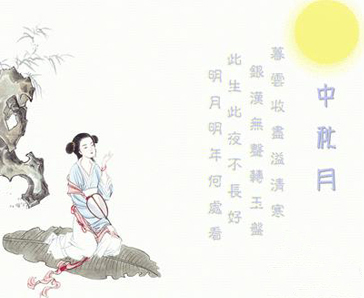
暮云收尽溢清寒。银汉无声转玉盘。